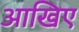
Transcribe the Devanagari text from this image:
आखिए